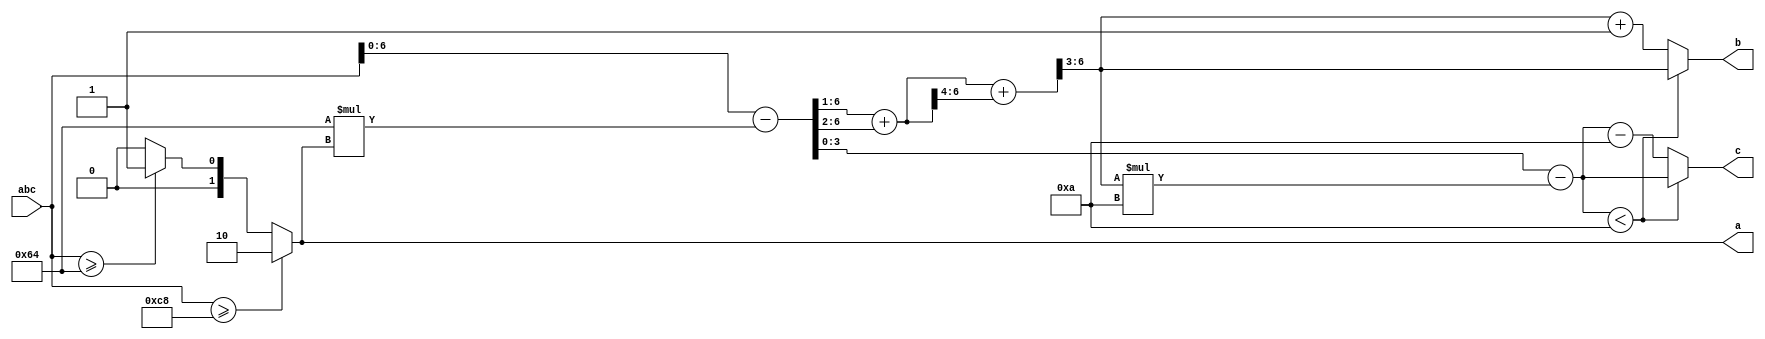
// This program was cloned from: https://github.com/pwmarcz/fpga-chip8
// License: MIT License

`default_nettype none

module bcd(input wire [7:0] abc,
           output wire [1:0] a,
           output reg [3:0] b,
           output reg [3:0] c);
  assign a = abc >= 200 ? 2 : abc >= 100 ? 1 : 0;
  wire [6:0] bc = abc - 100 * a;

  // See Hacker's Delight, Integer division by constants:
  // https://www.hackersdelight.org/divcMore.pdf
  reg [6:0] q;
  reg [3:0] r;
  always @(*) begin
    q = (bc >> 1) + (bc >> 2);
    q = q + (q >> 4);
    q = q >> 3;
    r = bc - q * 10;
    if (r < 10) begin
      b = q;
      c = r;
    end else begin
      b = q + 1;
      c = r - 10;
    end
  end
endmodule